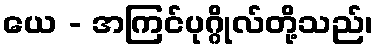
ယေ - အကြင်ပုဂ္ဂိုလ်တို့သည်၊